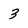
Character: 3